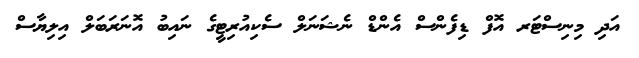
އަދި މިނިސްޓަރ އޮފް ޑިފެންސް އެންޑް ނެޝަނަލް ސެކިއުރިޓީގެ ނައިބު އޮނަރަބަލް އިލިޔާސް